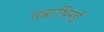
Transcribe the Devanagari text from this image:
वन्नाथिरई